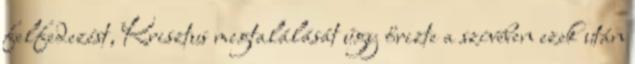
felfedezést, Krisztus megtalálását úgy őrizte a szívében ezek után